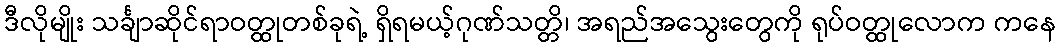
ဒီလိုမျိုး သင်္ချာဆိုင်ရာဝတ္ထုတစ်ခုရဲ့ ရှိရမယ့်ဂုဏ်သတ္တိ၊ အရည်အသွေးတွေကို ရုပ်ဝတ္ထုလောက ကနေ